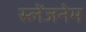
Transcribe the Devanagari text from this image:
स्लेंजनेम